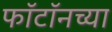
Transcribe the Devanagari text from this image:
फॉटॉनच्या